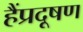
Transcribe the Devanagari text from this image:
हैंप्रदूषण